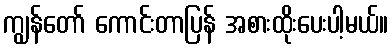
ကျွန်တော် ကောင်းတာပြန် အစားထိုးပေးပါ့မယ်။